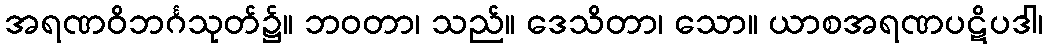
အရဏဝိဘင်္ဂသုတ်၌။ ဘဝတာ၊ သည်။ ဒေသိတာ၊ သော။ ယာစအရဏပဋိပဒါ၊